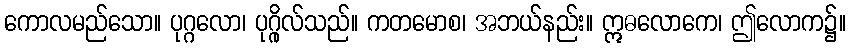
ကောလမည်သော။ ပုဂ္ဂလော၊ ပုဂ္ဂိုလ်သည်။ ကတမောစ၊ အဘယ်နည်း။ ဣဓလောကေ၊ ဤလောက၌။